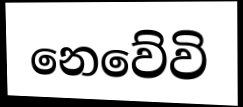
නෙවේවි